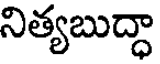
నిత్యబుద్ధా